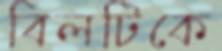
বিলটিকে